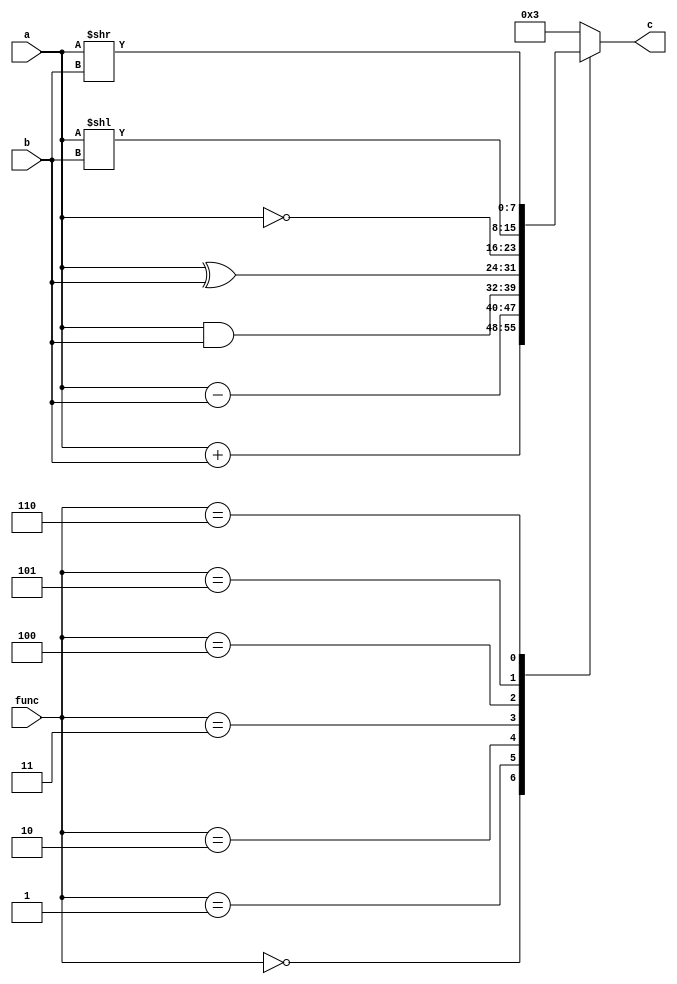
`timescale 1ns / 1ns
module ALU(a, b, func, c);
    input [7:0] a;
    input [7:0] b;
    input [2:0] func;
    output reg [7:0] c;

    always @(*)
    begin
        case(func)
            3'b000: c = a + b;
            3'b001: c = a - b;
            3'b010: c = a & b;
            3'b011: c = a ^ b;
            3'b100: c = ~a;
            3'b101: c = a << b;
            3'b110: c = a >> b;
            default: c = 8'b11;
        endcase
    end
    

endmodule